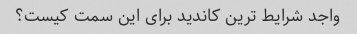
واجد شرایط ترین کاندید برای این سمت کیست؟